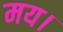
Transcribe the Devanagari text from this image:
मय।